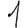
Digit: 1